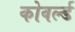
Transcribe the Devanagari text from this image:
कोवर्ल्ड